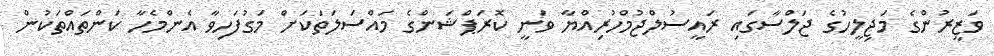
ވަޒީރުންގެ މަޖިލީހުގެ ޖަލްސާގައި ރައީސުލްޖުމްހުރިއްޔާ ވަނީ ކޮރަޕްޝަންގެ މައްސަލަތަކަށް މަގުފަހިވާ އެންމެހާ ކަންތައްތަކުން